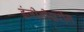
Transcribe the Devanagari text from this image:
इंजीनीयरींग